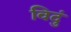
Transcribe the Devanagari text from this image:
विदुं